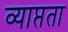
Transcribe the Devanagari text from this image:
व्याप्तता